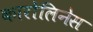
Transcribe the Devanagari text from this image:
कारोलिनेस